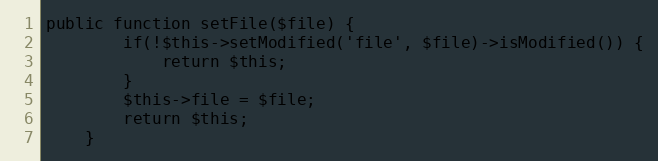
Language: PHP
public function setFile($file) {
        if(!$this->setModified('file', $file)->isModified()) {
            return $this;
        }
		$this->file = $file;
		return $this;
    }